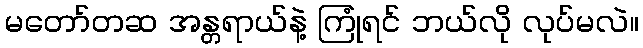
မတော်တဆ အန္တရာယ်နဲ့ ကြုံရင် ဘယ်လို လုပ်မလဲ။